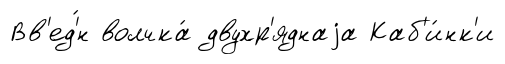
Вв'ед'́н волчка́ двухр'яднаjа Каб'и́нк'и